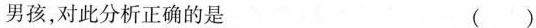
男孩，对此分析正确的是 ()